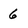
Character: 6